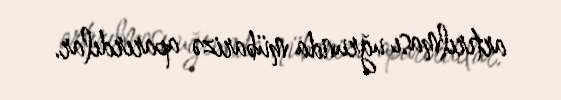
artırılması uğrunda mübarizə aparırdılar.